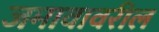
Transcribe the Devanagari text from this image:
जमावावरील